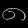
Digit: ၈